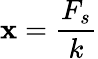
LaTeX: \mathbf{x}={\frac{{F_{s}}}{{k}}}